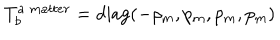
T _ { b } ^ { a \ m a t t e r } = \mathrm { d i a g } ( - \rho _ { m } , p _ { m } , p _ { m } , p _ { m } )